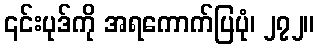
၎င်းပုဒ်ကို အရကောက်ပြပုံ၊ ၂၇၂။